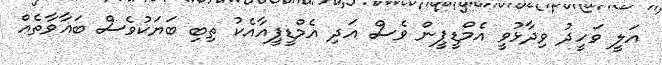
އަލީ ވަހީދު ވިދާޅުވީ އެމްޑީޕީން ވެސް އަދި އެމްޑީޕީއާއެކު ތިބި ބަޔަކުވެސް ބަޣާވާތެއް